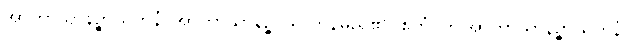
အာကာသာနဉ္စာယတနံ၊ အာကာသာနဉ္စာယ တနမည်၏။ ဧတံ၊ ဤအာကာသာနဉ္စာယတနံ